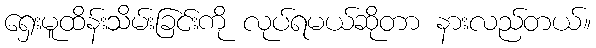
ရှေးမူထိန်းသိမ်းခြင်းကို လုပ်ရမယ်ဆိုတာ နားလည်တယ်။